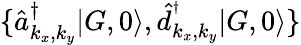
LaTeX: \{ \hat{a}_{{k_{x},k_{y}}}^{\dagger}|G,0\rangle,\hat{d}_{{k_{x},k_{y}}}^{^\dagger}|G,0\rangle\}